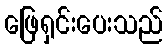
ဖြေရှင်းပေးသည်